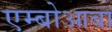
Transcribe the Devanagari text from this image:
एम्बोआबा